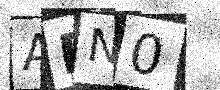
Text: ABN0